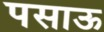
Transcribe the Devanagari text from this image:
पसाऊ